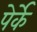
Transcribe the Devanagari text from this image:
पेर्के